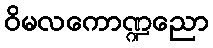
ဝိမလကောဏ္ဍညော